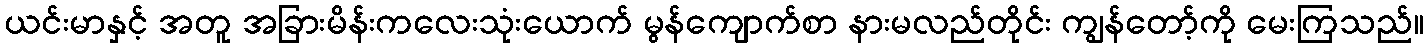
ယင်းမာနှင့် အတူ အခြားမိန်းကလေးသုံးယောက် မွန်ကျောက်စာ နားမလည်တိုင်း ကျွန်တော့်ကို မေးကြသည်။